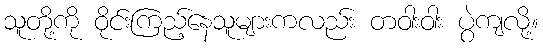
သူတို့ကို ဝိုင်းကြည့်နေသူများကလည်း တဝါးဝါး ပွဲကျလို့။